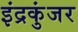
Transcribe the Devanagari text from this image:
इंद्रकुंजर